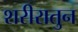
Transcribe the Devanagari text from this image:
शरीरातुन